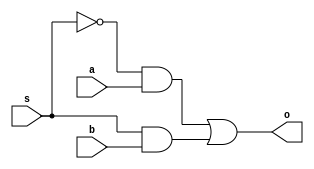
`timescale 1ns / 1ps
/*
**********************************************************
** Logic Design Final Project Fall, 2019 Semester
** Amirkabir University of Technology (Tehran Polytechnic)
** Department of Computer Engineering (CEIT-AUT)
** Logic Circuit Design Laboratory
** https://ceit.aut.ac.ir
**********************************************************
** Student ID: 9731078 (Negin HajiSobhani)
** Student ID: 9731096 (Amirhossein Alibakhshi)
**********************************************************
** Module Name: MUX2_1
**********************************************************
** Additional Comments:
	a 2 to 1 multiplexer
*/
module MUX2_1(a, b, s, o);
	input s;
	input a, b;
	output  o;
	wire s_not,w1,w2;
	not g1(s_not, s);
	and g2(w1, s_not, a);
	and g3(w2, s, b);
	or result(o, w1, w2);
endmodule